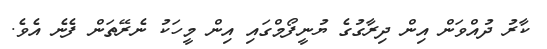
ކާރު ދުއްވަން އިން ދިރާގުގެ ޔުނީފޯމްގައި އިން މީހަކު ނެރޭތަން ފެނެ އެވެ.